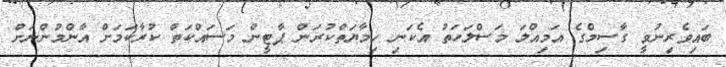
ބައިވެރިނުވީ ގާސިމްގެ އަމިއްލަ މަސްލަހަތު އެކަނި ހިމާޔަތްކުރަން ޕާޓީން މަސައްކަތް ކުރާކަމަށް އާންމުންނަށް